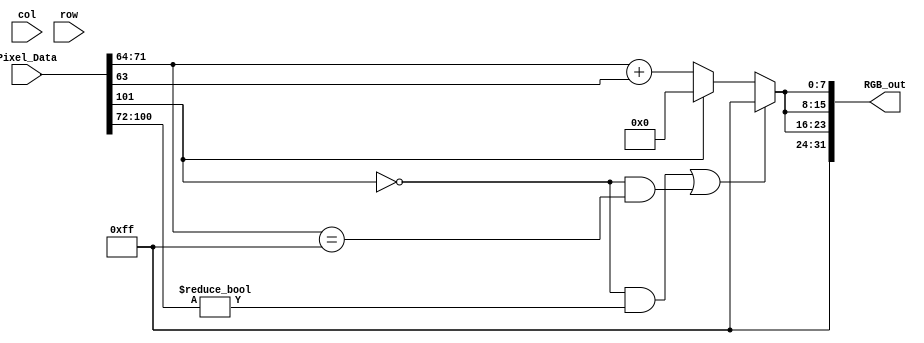
// -------------------------------------------------------------
// 
// 
// Generated by MATLAB 9.6 and HDL Coder 3.14
// 
// -------------------------------------------------------------


// -------------------------------------------------------------
// 
// Module: BirdEyeViewImproved_ip_src_rgb_signal_gen
// Source Path: BirdEyeView_Bilinear_V1/IP_Core/rgb_signal_gen
// Hierarchy Level: 1
// 
// -------------------------------------------------------------

`timescale 1 ns / 1 ns

module BirdEyeViewImproved_ip_src_rgb_signal_gen
          (col,
           row,
           Pixel_Data,
           RGB_out);


  input   [9:0] col;  // ufix10
  input   [9:0] row;  // ufix10
  input   signed [101:0] Pixel_Data;  // sfix102_En64
  output  [31:0] RGB_out;  // uint32


  wire [7:0] R;  // ufix8
  wire [7:0] G;  // ufix8
  wire [7:0] B;  // ufix8


  //Double precision format
  // if(row<196)
  //     in_d = 0;
  // elseif(row>430)
  //     in_d = 0;
  // end
  // if(col<50)
  //     in_d = 0;
  // elseif(col>590)
  //     in_d = 0;
  // end
  assign R = (((Pixel_Data[101] == 1'b0) && (Pixel_Data[100:72] != 29'b00000000000000000000000000000)) || ((Pixel_Data[101] == 1'b0) && (Pixel_Data[71:64] == 8'b11111111)) ? 8'b11111111 :
              (Pixel_Data[101] == 1'b1 ? 8'b00000000 :
              Pixel_Data[71:64] + Pixel_Data[63]));
  //convert to fixed-point 8-bit signal
  assign G = (((Pixel_Data[101] == 1'b0) && (Pixel_Data[100:72] != 29'b00000000000000000000000000000)) || ((Pixel_Data[101] == 1'b0) && (Pixel_Data[71:64] == 8'b11111111)) ? 8'b11111111 :
              (Pixel_Data[101] == 1'b1 ? 8'b00000000 :
              Pixel_Data[71:64] + Pixel_Data[63]));
  assign B = (((Pixel_Data[101] == 1'b0) && (Pixel_Data[100:72] != 29'b00000000000000000000000000000)) || ((Pixel_Data[101] == 1'b0) && (Pixel_Data[71:64] == 8'b11111111)) ? 8'b11111111 :
              (Pixel_Data[101] == 1'b1 ? 8'b00000000 :
              Pixel_Data[71:64] + Pixel_Data[63]));
  assign RGB_out = {8'b11111111, R, G, B};
  //32-bit output signal



endmodule  // BirdEyeViewImproved_ip_src_rgb_signal_gen